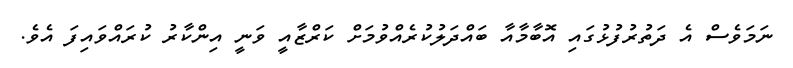
ނަމަވެސް އެ ދަތުރުފުޅުގައި އޮބާމާއާ ބައްދަލުކުރެއްވުމަށް ކަރްޒާއީ ވަނީ އިންކާރު ކުރައްވައިފަ އެވެ.